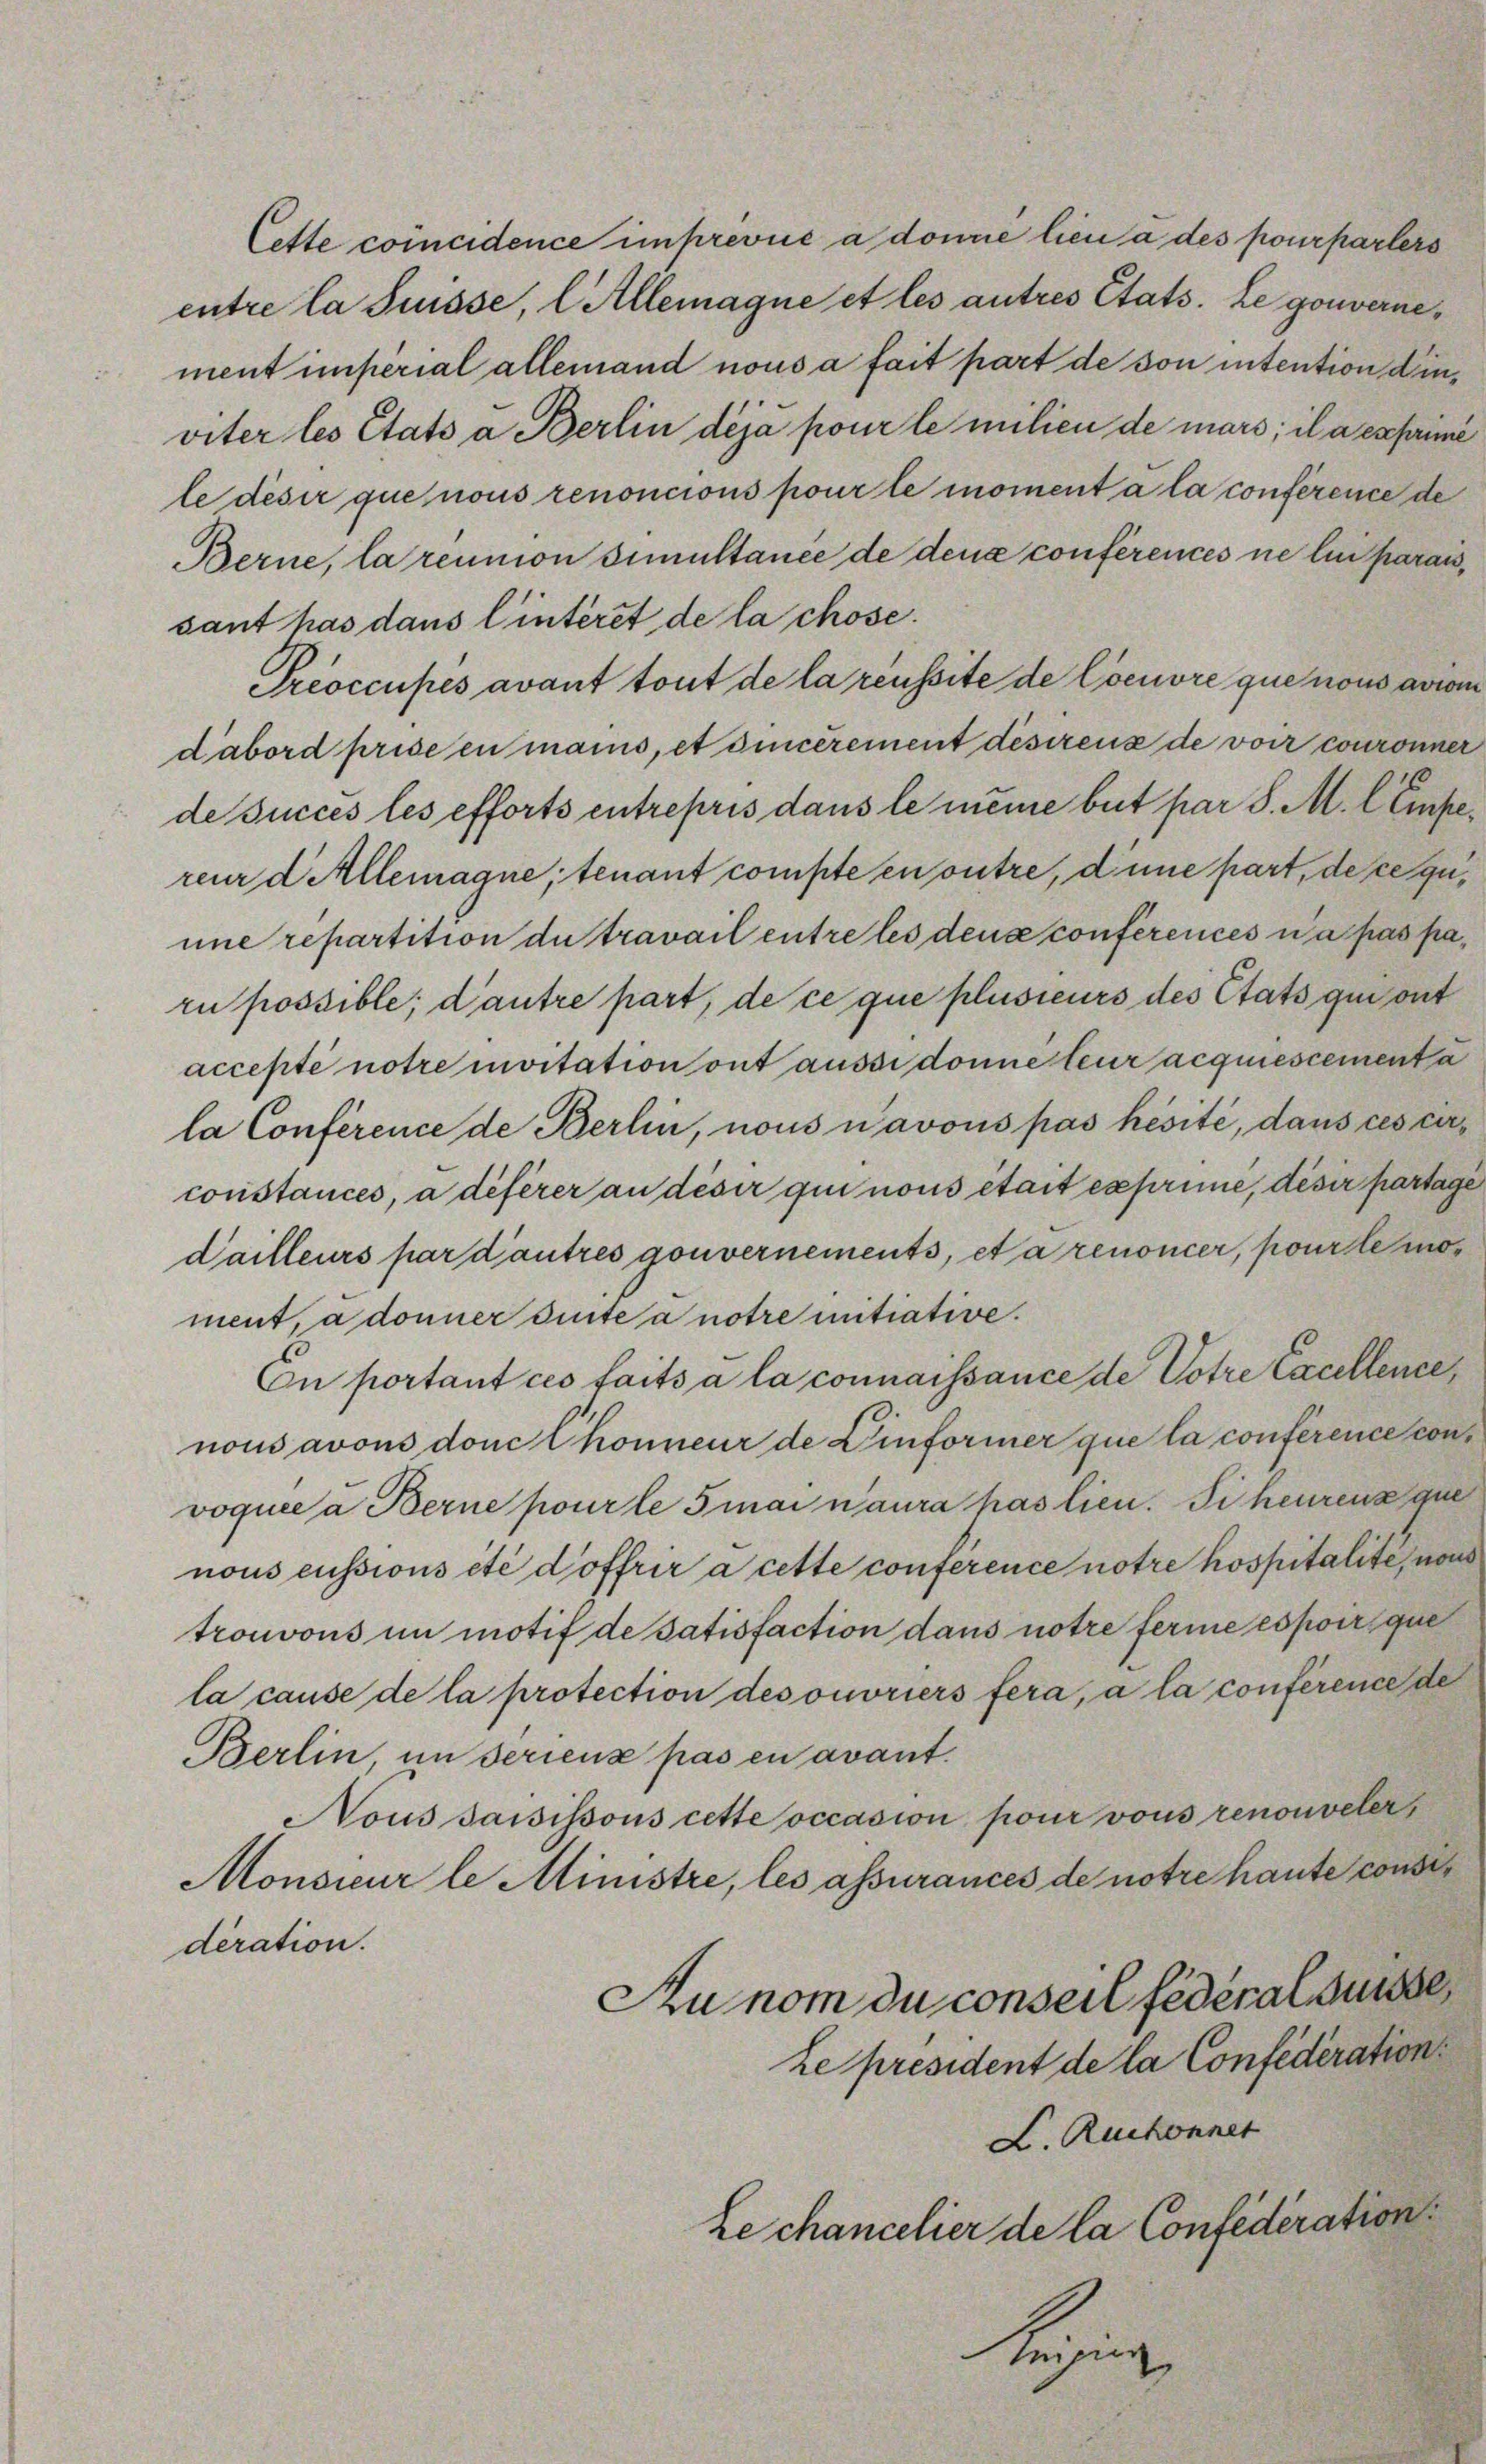
Cette coincidence imprevue a donné lieu à des pourparters
entre la Suisse, l Allemagne et les autres Etats. Le gouvernement imperial allemand nous a fait part de von intention dieviter les Etats a Berlin déjà pour le milien de mars; il a exprime
le deser que nous renoncions pour le moment à la conférence de
Berne, la réunion simultanée de deux conférences ne lui parais,
sant has dans l’interet de la chose.
Preoccupés avant tout de la réussite de Coeuvre que nous aviom
dabord prise en mains, et sincèrement désirens de voir couronner
de succes les efforts entrepris dans le meine but par S. M. l Empereur di allemagne, tenant compte en outre, dene part, deceguune repartition du travail entretes deux conferences a pas paru possible; dautre part, de ce que plusieurs des Etats qui ont
accepte notre moitation ont aussi donne teur acquiescementa
la Conférence de Berlin, nous navous pas hesité, dans ces circonstances, à déférer an deser qui nous était exprimé, desir partage
dailleurs par d’autres gouvernements, et a renoncer, pour le moment, a donner einte à notre mitiative.
En portant ces faits à la connaissance de Votre Excellence,
nous avons donc Chonneur de Zinformer que la conférence convoquée à Berne pour le Smai n’aura pas lien. Fiheurens que
nous cussions été d’offrir à cette conference notre hospitalite, nous
tronvons im motif de Satisfaction dans notre ferne espoir que
la cause de la protection des ouvriers fera, à la conférence de
Prerlin, im Ferienz pas en avant.
Nous saisissous cette occasion pour vous renouveler,
Monsieur le Ministre, les assurances de notre haute consideration.
Runom du conseil fédéral Suisse,
ke président de la Confederation
L. Ruchonnet
Le chancelier de la Confederation
Bezug